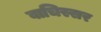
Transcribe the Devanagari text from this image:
वाचिस्सर